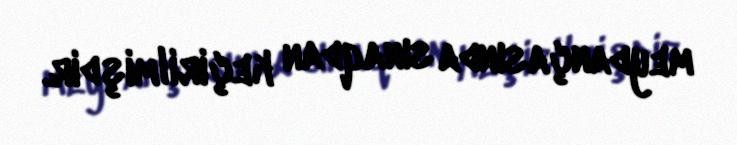
meydançasında sınaqdan keçirilmişdir.